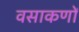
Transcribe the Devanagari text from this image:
वसाकणों